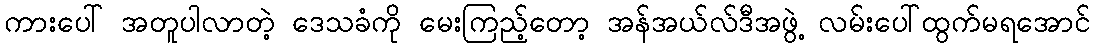
ကားပေါ် အတူပါလာတဲ့ ဒေသခံကို မေးကြည့်တော့ အန်အယ်လ်ဒီအဖွဲ့ လမ်းပေါ်ထွက်မရအောင်